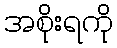
အစိုးရကို